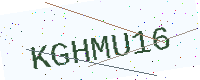
Text: KGHMU16